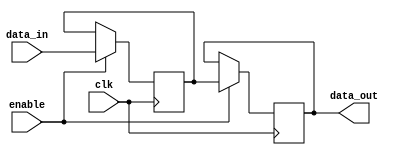
module MemoryBlock (
    input wire clk,            // Global clock signal
    input wire enable,         // Enable signal for the memory block
    input wire [7:0] data_in,  // Data input
    output reg [7:0] data_out  // Data output
);
    reg [7:0] memory [0:255];   // 256 x 8 memory array (example size)

    always @(posedge clk) begin
        if (enable) begin
            // Memory operations
            // For example: write data when enable is high
            memory[0] <= data_in; // Simple write operation
            data_out <= memory[0]; // Simple read operation
        end
    end

endmodule